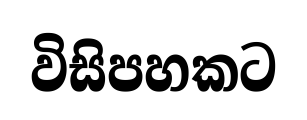
විසිපහකට